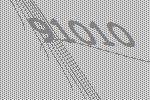
91010